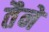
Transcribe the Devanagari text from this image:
तैने